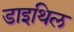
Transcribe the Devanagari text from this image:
डाइथिल